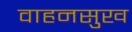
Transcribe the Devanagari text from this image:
वाहनसुख